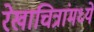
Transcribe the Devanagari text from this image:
रेखाचित्रांमध्ये